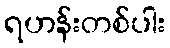
ရဟန်းတစ်ပါး